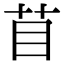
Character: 苜